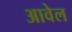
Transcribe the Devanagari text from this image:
आवेल